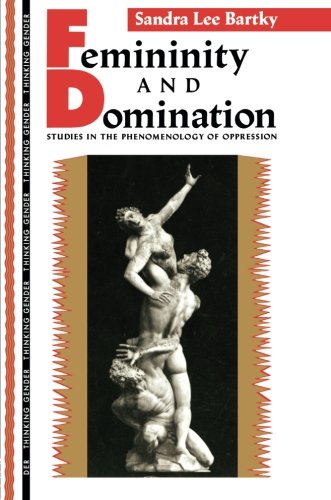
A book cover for Femininity and Domination: Studies in the Phenomenology of Oppression (Thinking Gender); Sandra Lee Bartky; Gay & Lesbian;